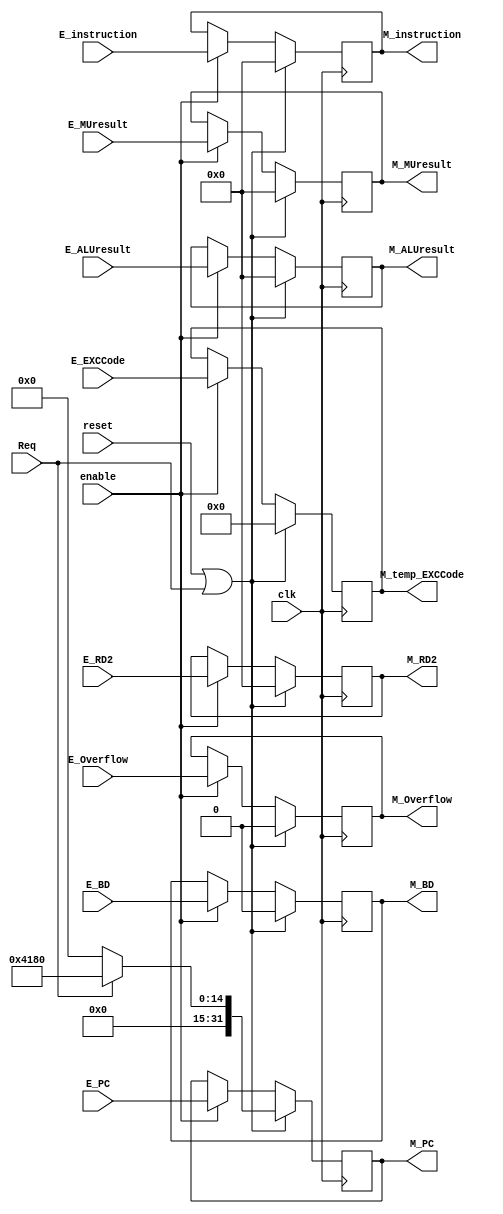
module M_reg(
    input clk,
    input reset,
    input enable,
    input Req,

    input [31:0] E_PC,
    input [31:0] E_instruction,
    input [31:0] E_RD2,
    input [31:0] E_ALUresult,
    input [31:0] E_MUresult,
    input E_BD,
    input [4:0] E_EXCCode,
    input E_Overflow,

    output reg [31:0] M_PC,
    output reg [31:0] M_instruction,
    output reg [31:0] M_RD2,
    output reg [31:0] M_ALUresult,
    output reg [31:0] M_MUresult,
    output reg M_BD,
    output reg [4:0] M_temp_EXCCode,
    output reg  M_Overflow
);

    always @(posedge clk) begin
        if (reset || Req) begin
            M_PC <= (Req) ? 32'h0000_4180 : 32'd0;
            M_instruction <= 32'd0;
            M_RD2 <= 32'd0;
            M_ALUresult <= 32'd0;
            M_MUresult <= 32'd0;
            M_BD <= 1'b0;
            M_temp_EXCCode <= 4'b0;
            M_Overflow <= 1'b0;
        end
        else if (enable) begin
            M_PC <= E_PC;
            M_instruction <= E_instruction;
            M_RD2 <= E_RD2;
            M_ALUresult <= E_ALUresult;
            M_MUresult <= E_MUresult;
            M_BD <= E_BD;
            M_temp_EXCCode <= E_EXCCode;
            M_Overflow <= E_Overflow;
        end    
    end
endmodule